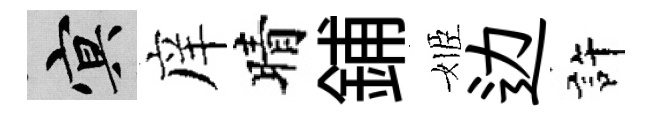
冥庠晴鋪姬边許